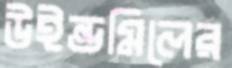
উইন্ডমিলের